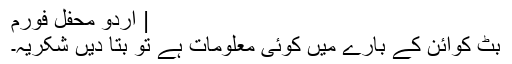
| اردو محفل فورم
بٹ کوائن کے بارے میں کوئی معلومات ہے تو بتا دیں شکریہ۔